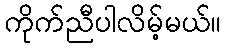
ကိုက်ညီပါလိမ့်မယ်။